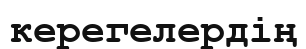
керегелердің